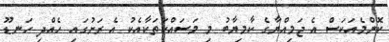
ކޮންމެއަކަސް އެ ޖަމިއްޔާގެ ކާމިޔާބު މި މަސައްކަތަކާއެކު އެ ރަށުގައި ހެއްދި ހަނޑޫ